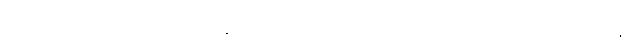
ဩဒါတဝတ္ထာ၊ ဖြူသောအဝတ်ရှိကုန်သည်။ ဩဒါတလင်္ကရာ၊ ဖြူသောတန်ဆာရှိကုန်သည်။ ဟောန္တိ၊